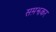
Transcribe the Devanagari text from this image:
सम़झकर